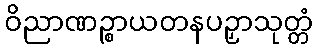
ဝိညာဏဉ္စာယတနပဉှာသုတ္တံ